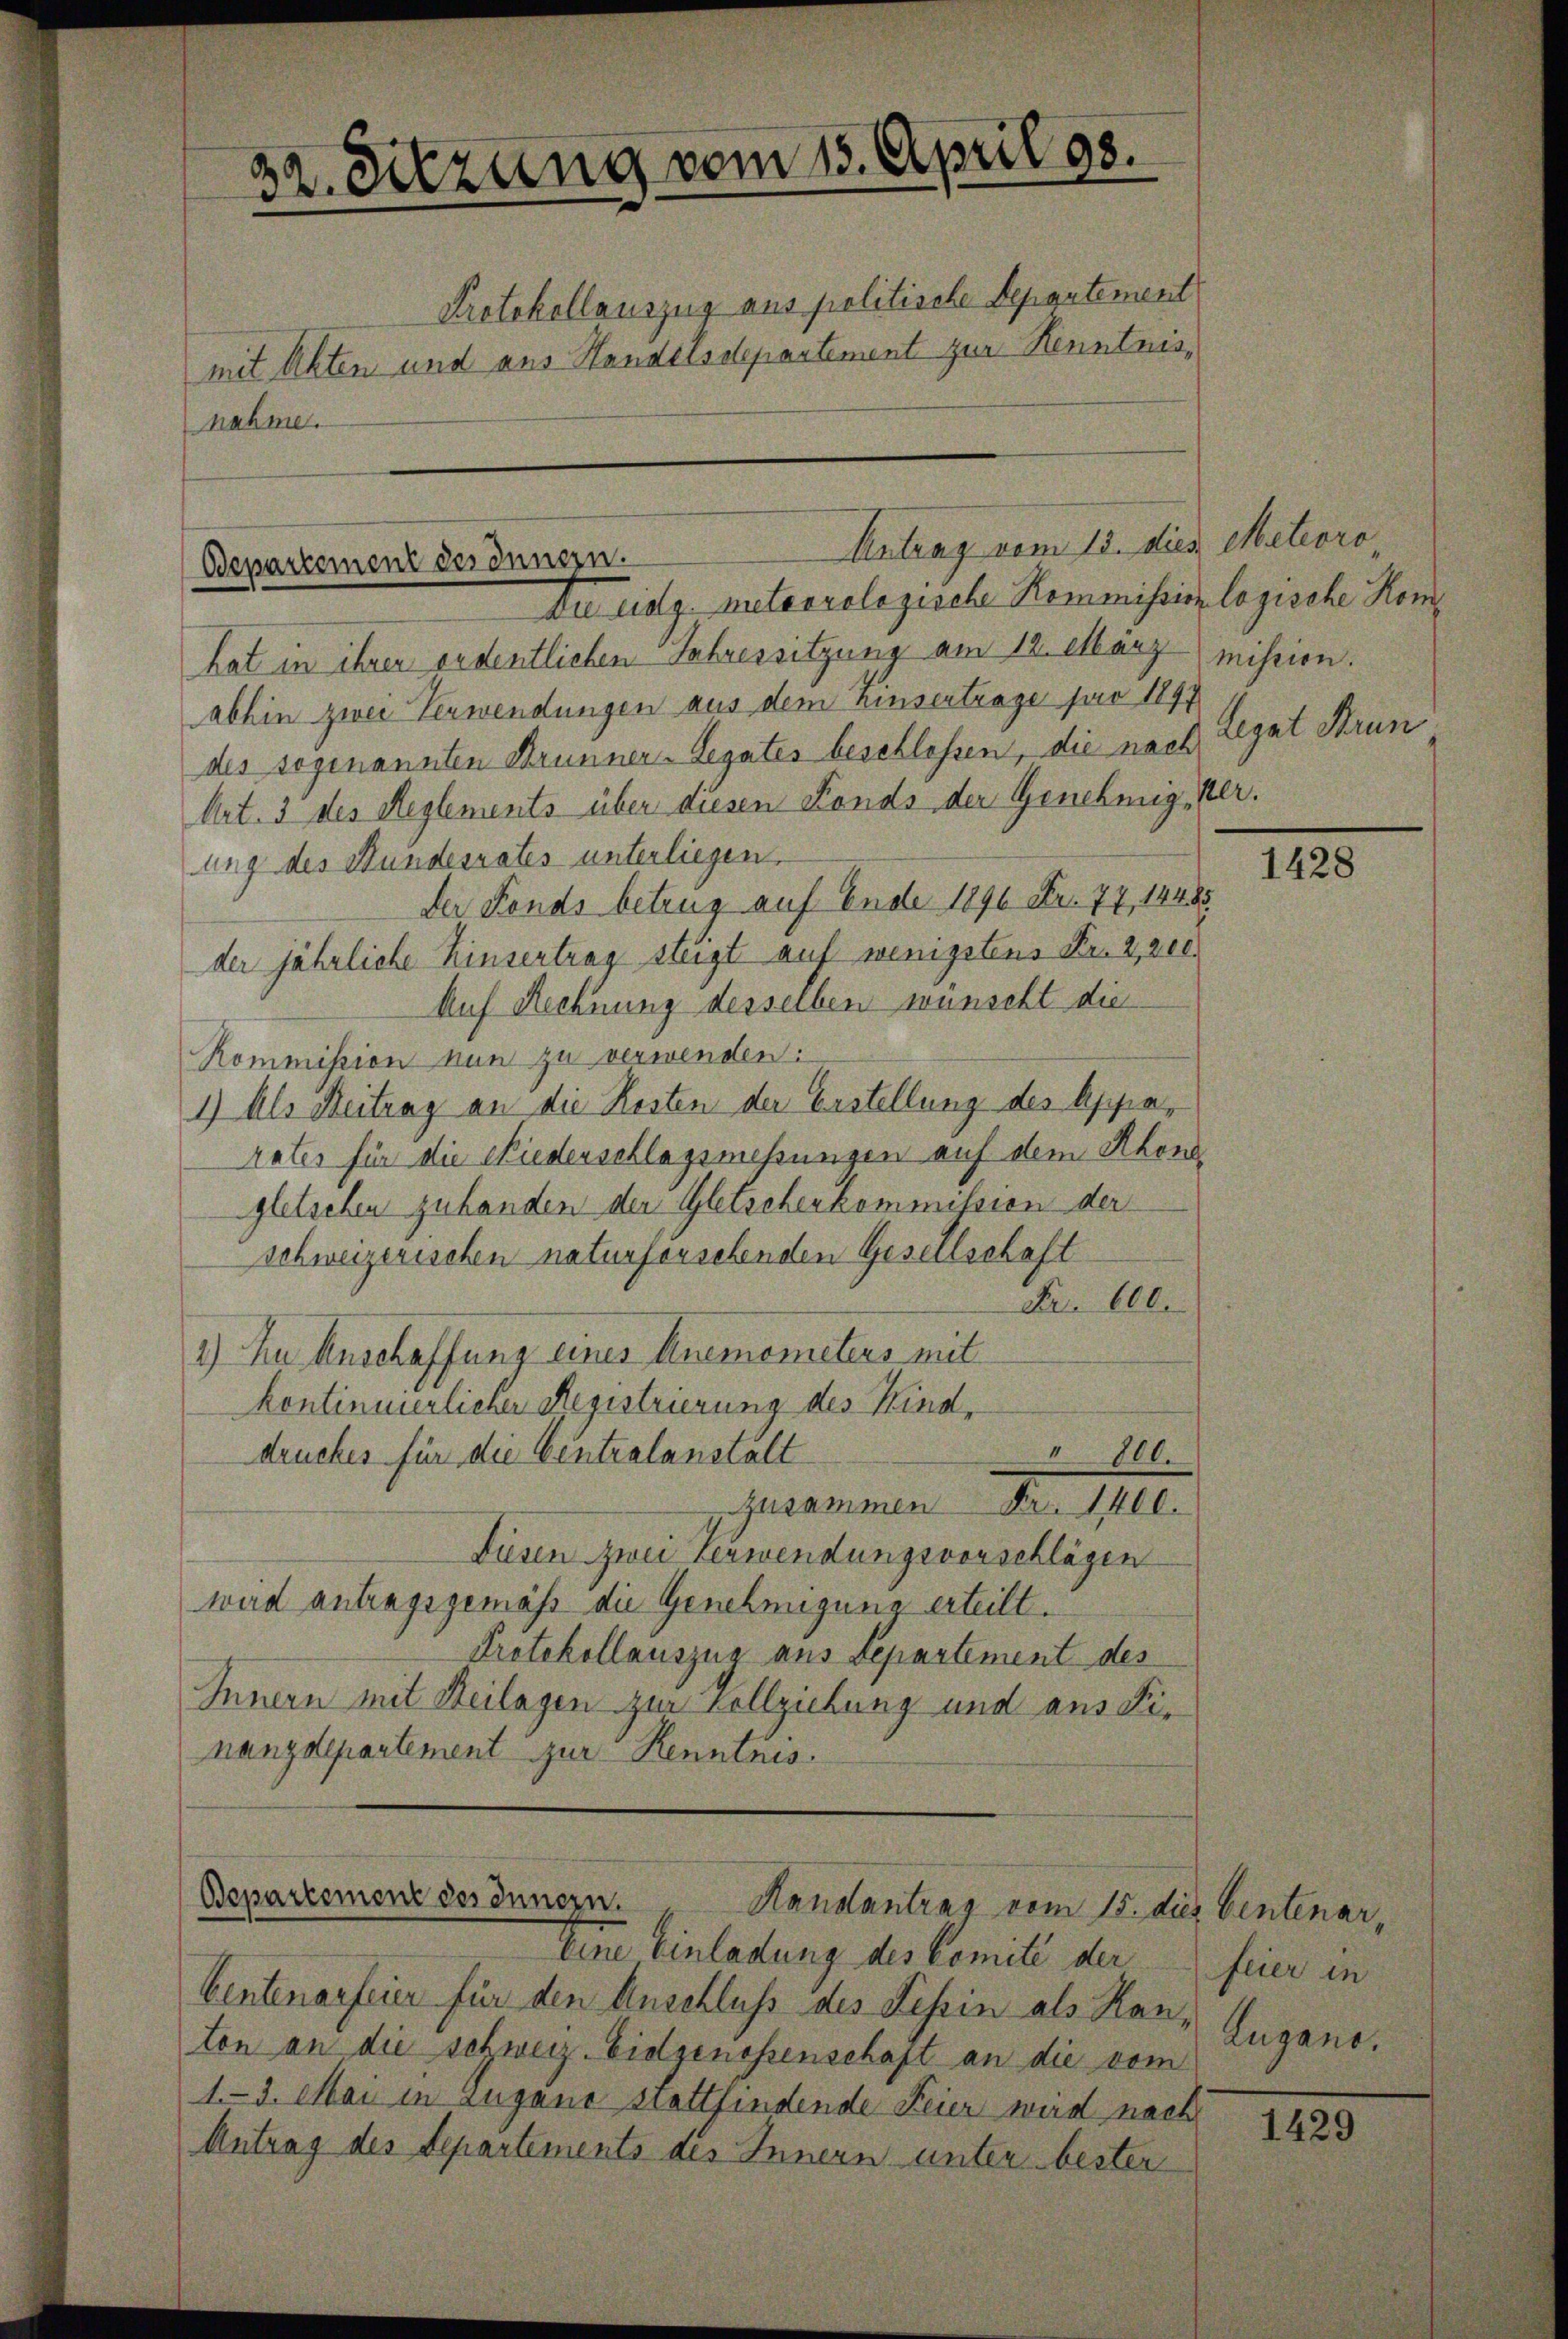
232. Sitzung vom 15. April 98.

Protokollauszug aus politische Departement
mit Akten und aus Handelsdepartement zur Kenntnisnahme.

Du sog. meteorologische Kommission logische Komhat in ihren ordentlichen Jahressitzung am 12. März mission.
abhin zwei Verwendungen aus dem Zinsertrage pro 1897
des sogenannten Brunner-Legates beschlossen, die nach Legat Strun¬
Art. 3 des Reglements über diesen Fonds der Genehmig, Verung des Stundesrates unterliegen.
Der Fonds betrug auf Ende 1890 Fr. 77, 14485
der jährliche Zinsertrag steigt auf wenigstens Fr. 2,200.
Auf Rechnung desselben wünscht die
Kommission nun zu verwenden:
1) Als Beitrag an die Kosten der Erstellung des Apparater für die Niederschlagsmessungen auf dem Rhone
gletschen zuhanden der Gletschenkommission der
Schweizerischen naturforschenden Gesellschaft
Fr. 600.
2) Zu Anschaffung eines Knemometers mit
kontinuierlicher Registrierung des Kind,
" 800.
druckes für die Centralanstalt
Zusammen Fr. 1400.
Fusen zwei Verwendungsvorschlägen
wird antragsgemäß die Genehmigung erteilt.
Protokollauszug aus Departement des
Innern mit Heilagen zur Vollziehung und aus Finanzdepartement zur Kenntnis.

Eine Einladung des Comite der
Centenarfeier für den Anschluß des Tessin als Hanton an die schweiz. Eidgenossenschaft an die vom
1.- 3. Mai in Lugano stattfindende Feier wird nach
Antrag des Departements des Innern unter bester

Antrag vom 15. dies Meteoro
Bepartement des Innern.

Bepartement des Innern.
Handantrag vom 15. dies Centenar,

1428

feier in
Lugano.

1429